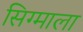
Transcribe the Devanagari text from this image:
सिग्माला